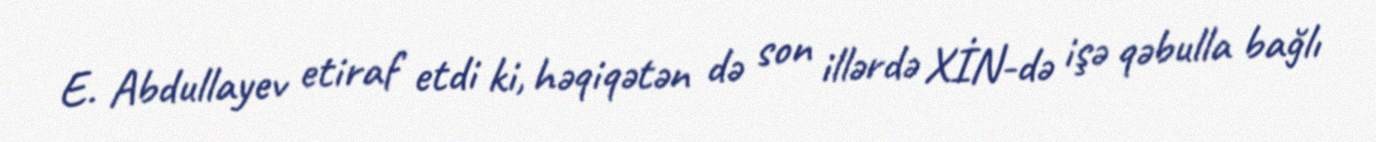
E. Abdullayev etiraf etdi ki, həqiqətən də son illərdə XİN-də işə qəbulla bağlı